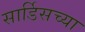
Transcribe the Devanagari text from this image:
सार्डिसच्या